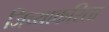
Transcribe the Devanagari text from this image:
जिच्याकरिता